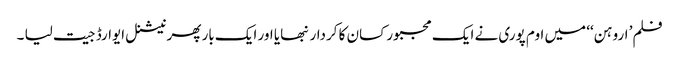
فلم’ اروہن‘‘ میں اوم پوری نے ایک مجبور کسان کا کردار نبھایا اور ایک بار پھر نیشنل ایوارڈ جیت لیا ۔